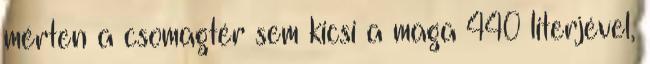
mérten a csomagtér sem kicsi a maga 440 literjével,